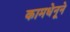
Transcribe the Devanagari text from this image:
कामधेनूने